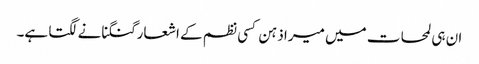
ان ہی لمحات میں میرا ذہن کسی نظم کے اشعار گنگنانے لگتا ہے۔